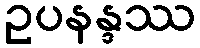
ဥပနန္ဒဿ